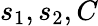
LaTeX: s_{1},s_{2},C